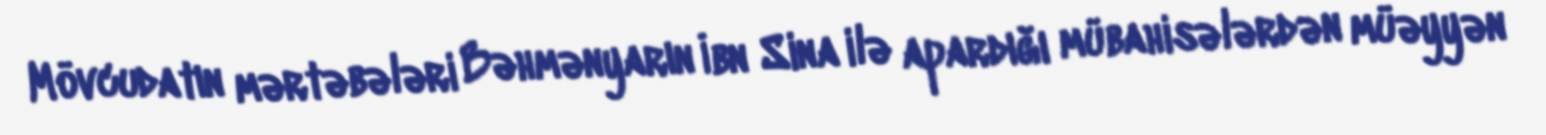
Mövcudatın mərtəbələri Bəhmənyarın İbn Sina ilə apardığı mübahisələrdən müəyyən